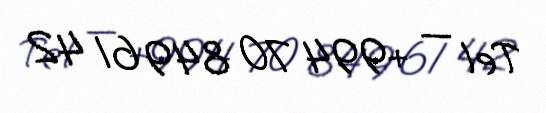
Tel — +994 70 849 61 42